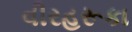
વીરહરૂકા